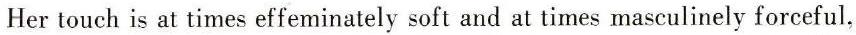
Her touch is at times effeminately soft and at times masculinely forceful,